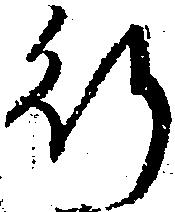
行